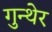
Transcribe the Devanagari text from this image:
गुन्थेर